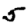
Digit: 5